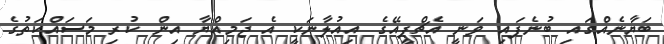
ބަޔާނެއްގައި ބުނެފައި ވަނީ އެޗްޕީއޭގެ އިއުލާނަކީ އެ ޖަމިއްޔާ އިން ކުރި މަސައްކަތުގެ